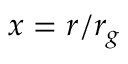
x = { r } / { r _ { g } }